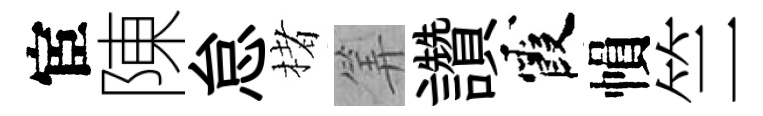
宦陳怠楮筭讚霞𢄙竺